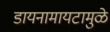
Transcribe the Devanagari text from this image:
डायनामायटामुळे